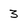
Character: 3